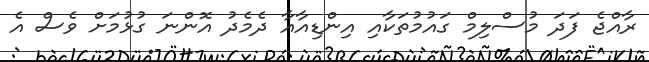
ރާއްޖެ ފަދަ މުސްލިމް ގައުމުތަކާއި އިންޑިއާއާ ދެމެދު އޮންނަ ގުޅުމަށް ވެސް އެ